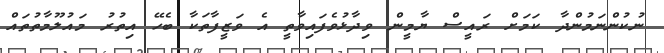
ނުކުންނަމުންދާ ކަމަށް ރައީސް ޔާމީން ވިދާޅުވެފައިވާތީ އެ ވަޒީފާތަކާ ބެހޭ އިތުރު މައުލޫމާތުތައް